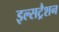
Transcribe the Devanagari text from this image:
इल्सट्रैशन